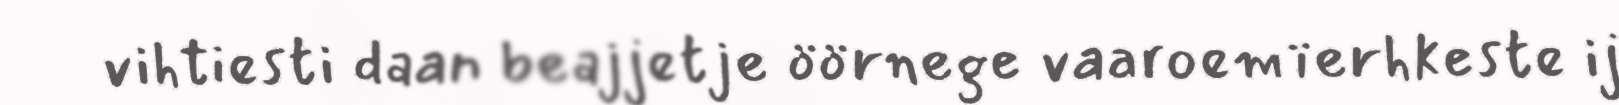
vihtiesti daan beajjetje öörnege vaaroemïerhkeste ij